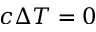
c \Delta T = 0